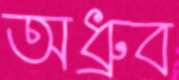
অধ্রুব